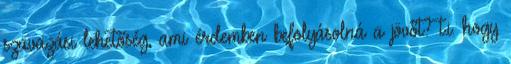
szavazási lehetőség, ami érdemben befolyásolná a jövőt? t.i. hogy